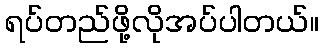
ရပ်တည်ဖို့လိုအပ်ပါတယ်။